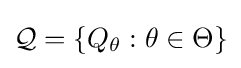
{\mathcal {Q}}=\{Q_{\theta }:\theta \in \Theta \}